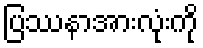
ပြဿနာအားလုံးကို